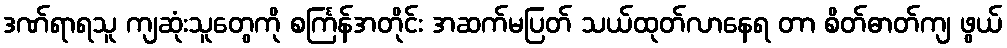
ဒဏ်ရာရသူ ကျဆုံးသူတွေကို စင်္ကြန်အတိုင်း အဆက်မပြတ် သယ်ထုတ်လာနေရ တာ စိတ်ဓာတ်ကျ ဖွယ်